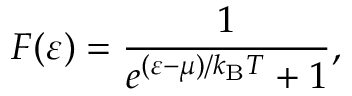
F ( \varepsilon ) = { \frac { 1 } { e ^ { ( \varepsilon - \mu ) / k _ { \mathrm { { B } } } T } + 1 } } ,